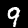
Label: 9